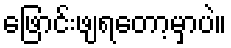
ဖြောင်းဖျရတော့မှာပဲ။